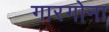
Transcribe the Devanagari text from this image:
गारगोना